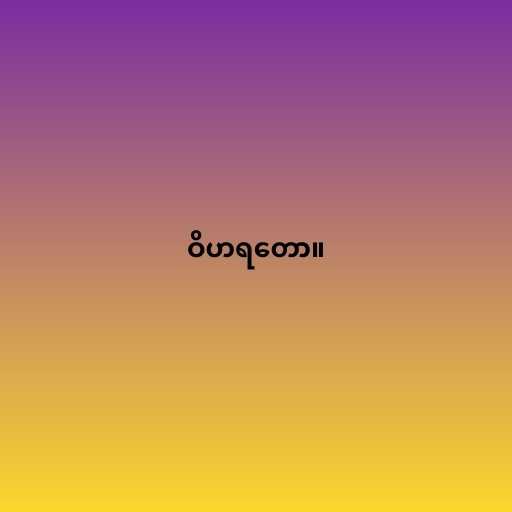
ဝိဟရတော။